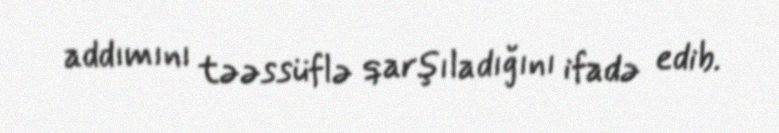
addımını təəssüflə qarşıladığını ifadə edib.